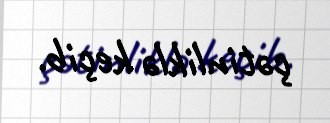
çətinliklə keçib.